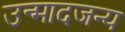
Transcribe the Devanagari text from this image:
उन्मादजन्य